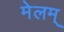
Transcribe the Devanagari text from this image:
मेलम्